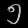
Digit: ၅